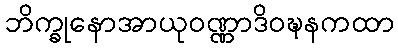
ဘိက္ခုနောအာယုဝဏ္ဏာဒိဝဍ္ဎနကထာ